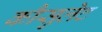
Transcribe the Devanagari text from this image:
कौसुलेट